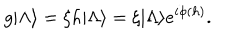
g | \Lambda \rangle = \xi h | \Lambda \rangle = \xi | \Lambda \rangle e ^ { i \phi ( h ) } .